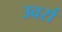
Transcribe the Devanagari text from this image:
उवर्रा